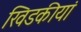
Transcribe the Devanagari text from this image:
खिडकीयां